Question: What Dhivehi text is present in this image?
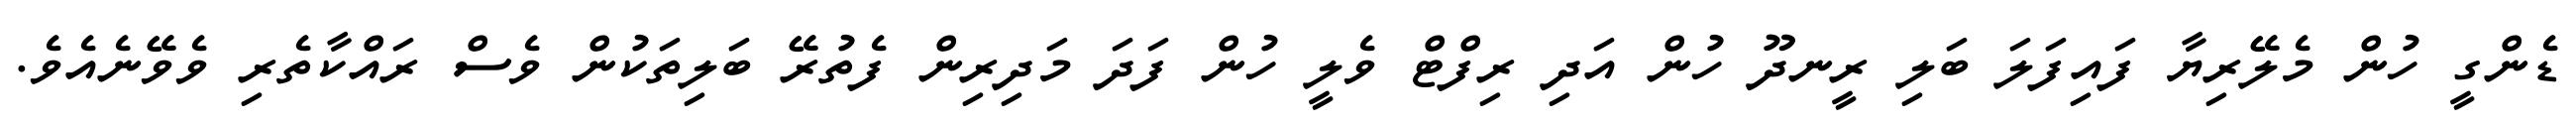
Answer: ޑެންގީ ހުން މެލޭރިޔާ ފައިފަލަ ބަލި ރީނދޫ ހުން އަދި ރިފްޓް ވެލީ ހުން ފަދަ މަދިރިން ފެތުރޭ ބަލިތަކުން ވެސް ރައްކާތެރި ވެވޭނެއެވެ.